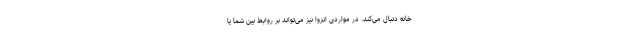
خانه دنبال می‌کند. در مواردی انزوا نیز می‌تواند بر روابط بین شما یا